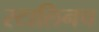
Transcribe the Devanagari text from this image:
स्टालिनच